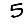
Digit: 5